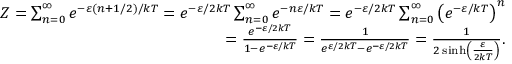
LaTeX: \begin{array} { r } { Z = \sum _ { n = 0 } ^ { \infty } e ^ { - \varepsilon \left( n + 1 / 2 \right) / k T } = e ^ { - \varepsilon / 2 k T } \sum _ { n = 0 } ^ { \infty } e ^ { - n \varepsilon / k T } = e ^ { - \varepsilon / 2 k T } \sum _ { n = 0 } ^ { \infty } \left( e ^ { - \varepsilon / k T } \right) ^ { n } } \\ { = { \frac { e ^ { - \varepsilon / 2 k T } } { 1 - e ^ { - \varepsilon / k T } } } = { \frac { 1 } { e ^ { \varepsilon / 2 k T } - e ^ { - \varepsilon / 2 k T } } } = { \frac { 1 } { 2 \sinh \left( { \frac { \varepsilon } { 2 k T } } \right) } } . } \end{array}